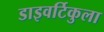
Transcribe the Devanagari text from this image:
डाइवर्टिकुला